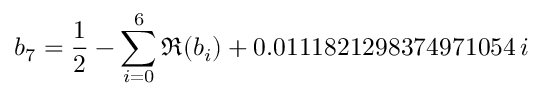
b _ { 7 } = \frac { 1 } { 2 } - \sum _ { i = 0 } ^ { 6 } \Re ( b _ { i } ) + 0 . 0 1 1 1 8 2 1 2 9 8 3 7 4 9 7 1 0 5 4 \, i